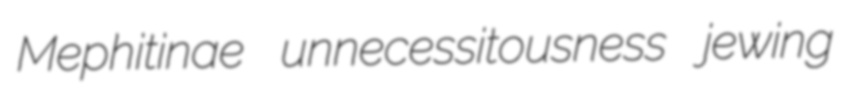
Mephitinae unnecessitousness jewing